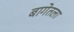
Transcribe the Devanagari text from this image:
बागेतला